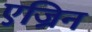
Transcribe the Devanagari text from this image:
एज्रिन